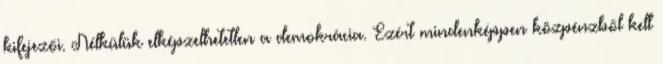
kifejezői. Nélkülük elképzelhetetlen a demokrácia. Ezért mindenképpen közpénzből kell